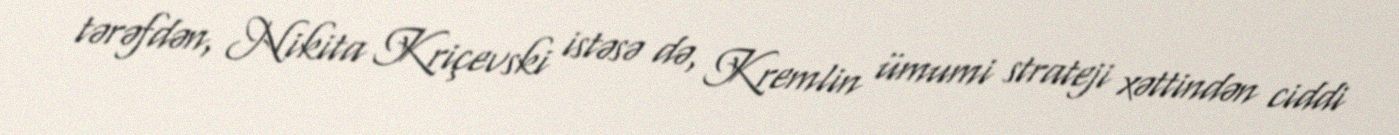
tərəfdən, Nikita Kriçevski istəsə də, Kremlin ümumi strateji xəttindən ciddi